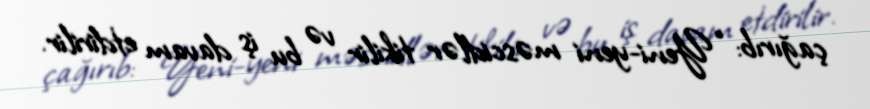
çağırıb: “Yeni-yeni məscidlər tikilir və bu iş davam etdirilir.